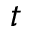
t